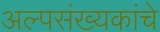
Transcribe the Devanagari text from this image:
अल्पसंख्यकांचे